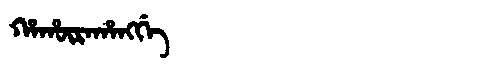
Manchu: ᡥᠠᡥᡡᡵᠠᡥᠠᠩᡤᡝ
Romanization: HAHŪRAHANGGE